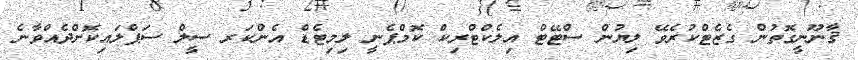
ޤާނޫނީގޮތުން ގެޒެޓްކުރެވޭ ލިޔުން ސްޓޭޓް އިލެކްޓްރިކް ކޮމްޕެނީ ލިމިޓެޑް އެންކަރ ސީލް ސަޕްލައިކޮށްދެއްވާނެ